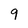
Character: 9